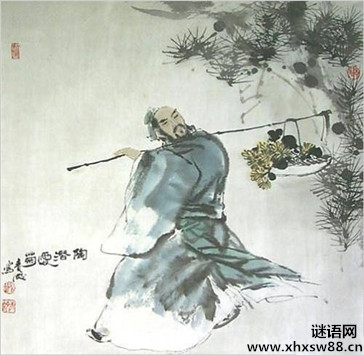
弱龄寄事外，委怀在琴书。